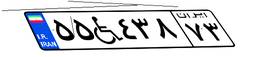
۵۵W۴۳۸۷۳